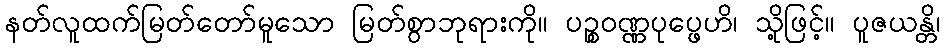
နတ်လူထက်မြတ်တော်မူသော မြတ်စွာဘုရားကို။ ပဉ္စဝဏ္ဏပုပ္ဖေဟိ၊ သို့ဖြင့်။ ပူဇယန္တိ၊